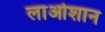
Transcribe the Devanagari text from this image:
लाओशान